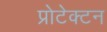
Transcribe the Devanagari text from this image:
प्रोटेक्टन